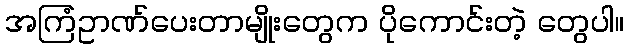
အကြံဥာဏ်ပေးတာမျိုးတွေက ပိုကောင်းတဲ့ တွေပါ။